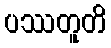
ပဿတူတိ